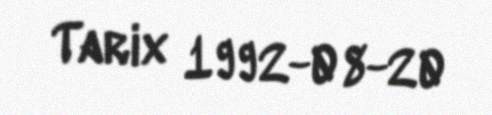
Tarix 1992-08-20